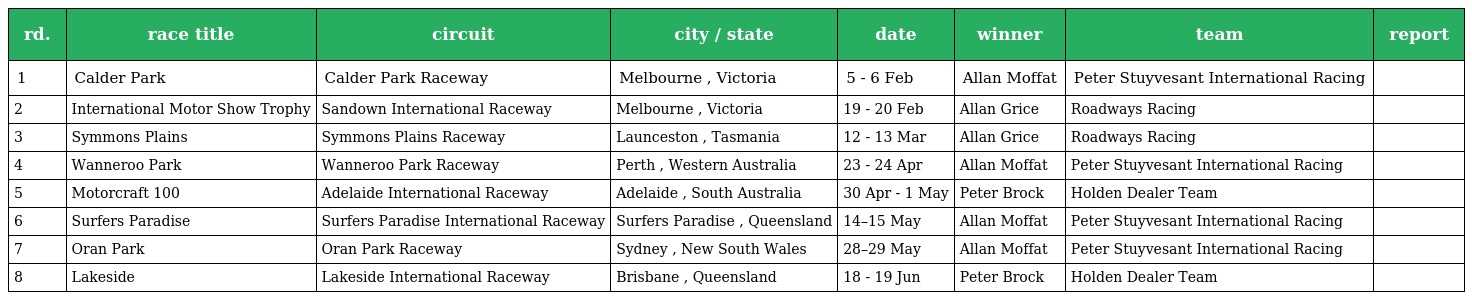
| rd. | race title | circuit | city / state | date | winner | team | report |
 | --- | --- | --- | --- | --- | --- | --- | --- |
 | 1 | Calder Park | Calder Park Raceway | Melbourne , Victoria | 5 - 6 Feb | Allan Moffat | Peter Stuyvesant International Racing |  |
 | 2 | International Motor Show Trophy | Sandown International Raceway | Melbourne , Victoria | 19 - 20 Feb | Allan Grice | Roadways Racing |  |
 | 3 | Symmons Plains | Symmons Plains Raceway | Launceston , Tasmania | 12 - 13 Mar | Allan Grice | Roadways Racing |  |
 | 4 | Wanneroo Park | Wanneroo Park Raceway | Perth , Western Australia | 23 - 24 Apr | Allan Moffat | Peter Stuyvesant International Racing |  |
 | 5 | Motorcraft 100 | Adelaide International Raceway | Adelaide , South Australia | 30 Apr - 1 May | Peter Brock | Holden Dealer Team |  |
 | 6 | Surfers Paradise | Surfers Paradise International Raceway | Surfers Paradise , Queensland | 14–15 May | Allan Moffat | Peter Stuyvesant International Racing |  |
 | 7 | Oran Park | Oran Park Raceway | Sydney , New South Wales | 28–29 May | Allan Moffat | Peter Stuyvesant International Racing |  |
 | 8 | Lakeside | Lakeside International Raceway | Brisbane , Queensland | 18 - 19 Jun | Peter Brock | Holden Dealer Team |  |